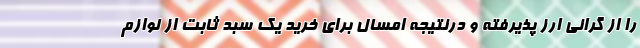
را از گرانی ارز پذیرفته و درنتیجه امسال برای خرید یک سبد ثابت از لوازم